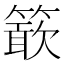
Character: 𥴋